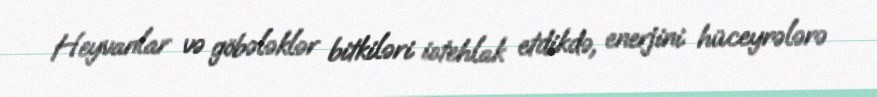
Heyvanlar və göbələklər bitkiləri istehlak etdikdə, enerjini hüceyrələrə